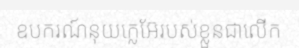
ឧបករណ៍នុយក្លេអ៊ែរបស់ខ្លួនជាលើក